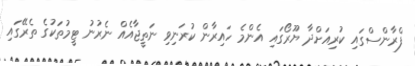
ފްރާންސްގައި ކުރިއަށްދާ ޔޫރޯގައި އެންމެ ހައިރާން ކުރަނިވި ނަތީޖާއެއް ނެރުނު ޓީމުތަކުގެ ތެރޭގައި